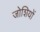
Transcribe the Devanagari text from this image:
जोशियों